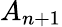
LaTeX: A_{n+1}